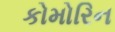
કોમોરિન